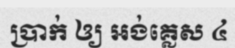
ប្រាក់ ឲ្យ អង់គ្លេស ៤